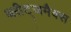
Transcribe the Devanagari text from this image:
ब्लीट्जमैक्स